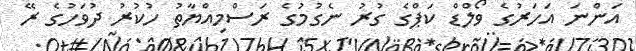
އަންނަ އަހަރުގެ ވޯލްޑް ކަޕްގެ ގުރު ނެގުމުގެ ރަސްމިއްޔާތު ހުކުރު ދުވަހުގެ ރޭ